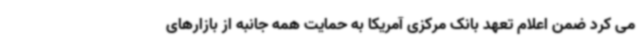
می کرد ضمن اعلام تعهد بانک مرکزی آمریکا به حمایت همه جانبه از بازارهای